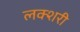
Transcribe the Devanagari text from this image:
लक्शरी